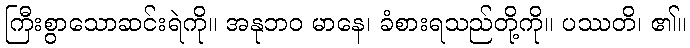
ကြီးစွာသောဆင်းရဲကို။ အနုဘဝ မာနေ၊ ခံစားရသည်တို့ကို။ ပဿတိ၊ ၏။